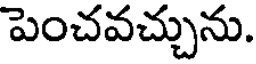
పెంచవచ్చును.